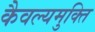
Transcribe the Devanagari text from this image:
कैवल्यमुक्ति